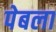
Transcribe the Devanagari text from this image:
पेबला